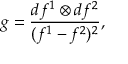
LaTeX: g = \frac { d f ^ { 1 } \otimes d f ^ { 2 } } { ( f ^ { 1 } - f ^ { 2 } ) ^ { 2 } } ,